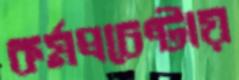
কর্মপ্রচেষ্টায়